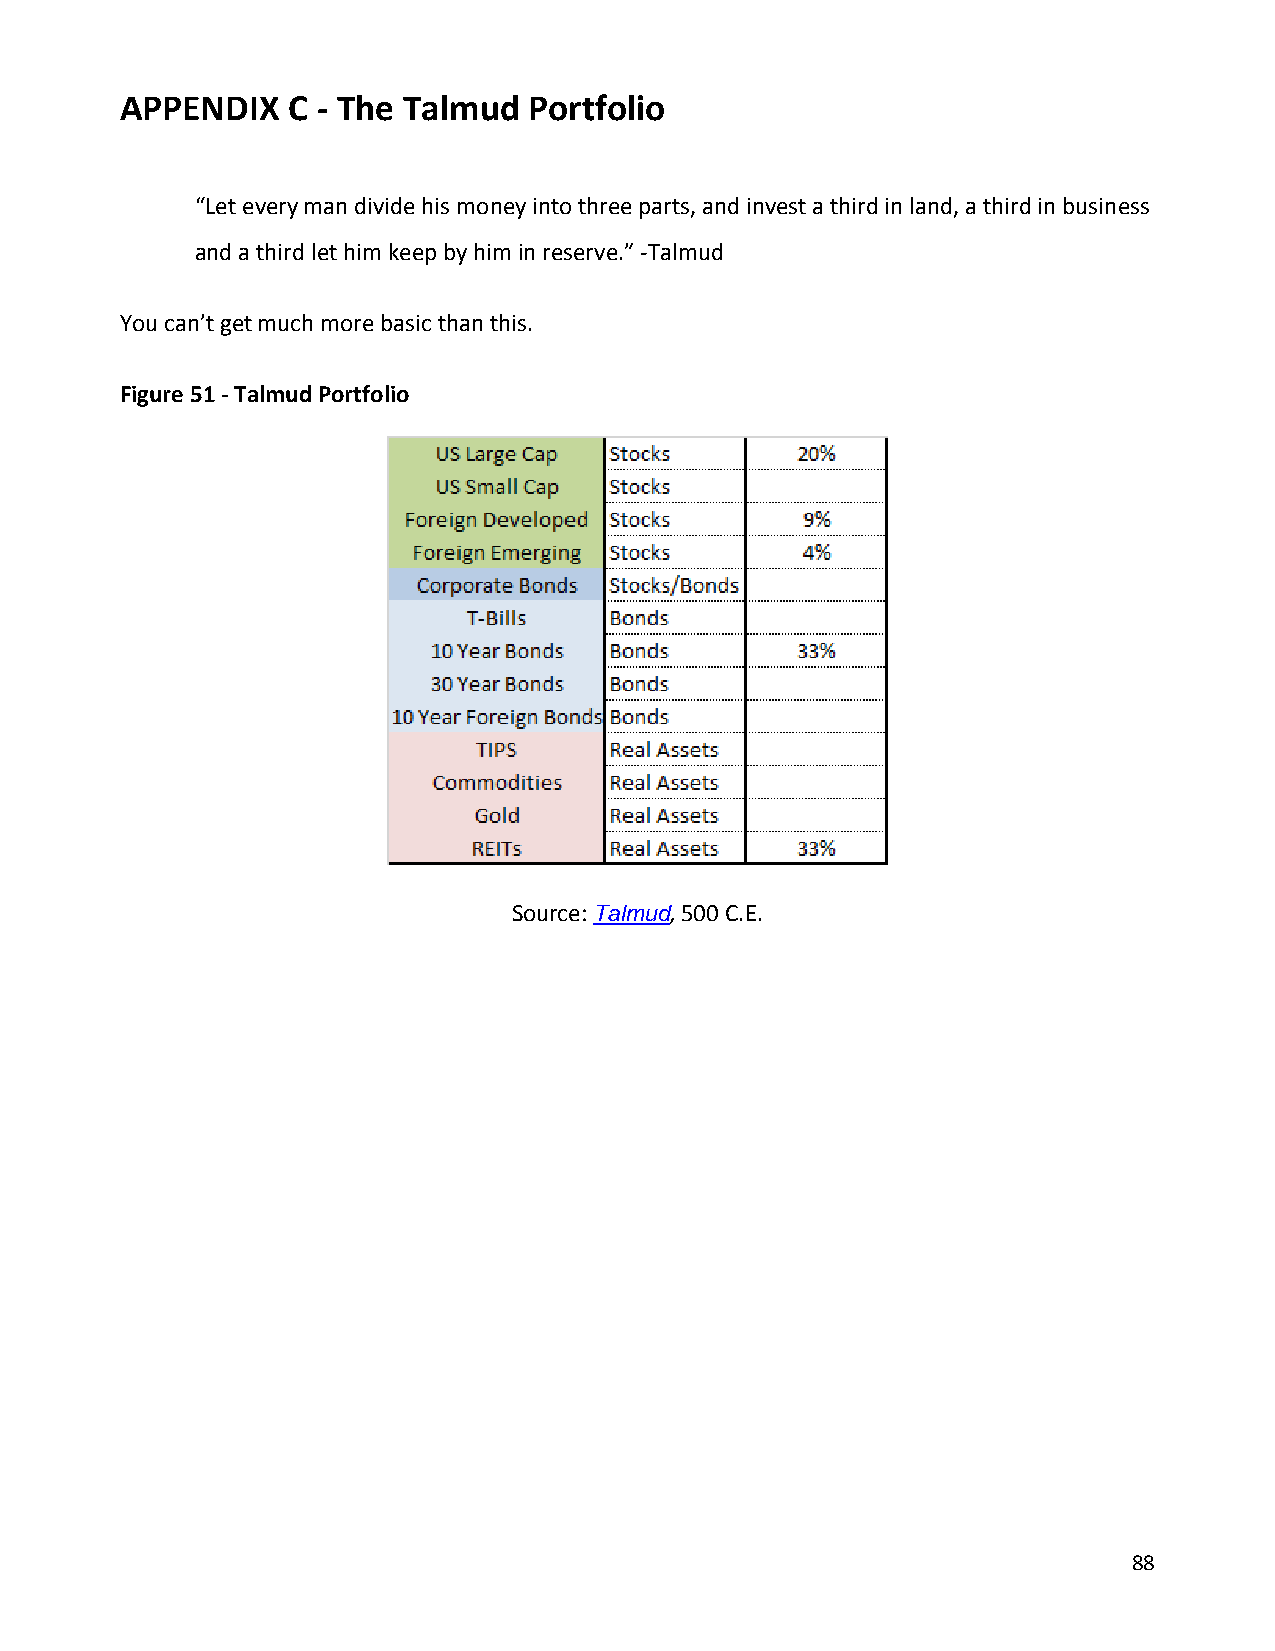
APPENDIX   C - The Talmud  Portfolio
 “Let every man divide his money into three parts, and invest a third in land, a third in business
 and a third let him keep by him in reserve.” -Talmud
 You can’t get much more basic than this.
 Figure 51 - Talmud Portfolio
 Source: Talmud, 500 C.E.
 88